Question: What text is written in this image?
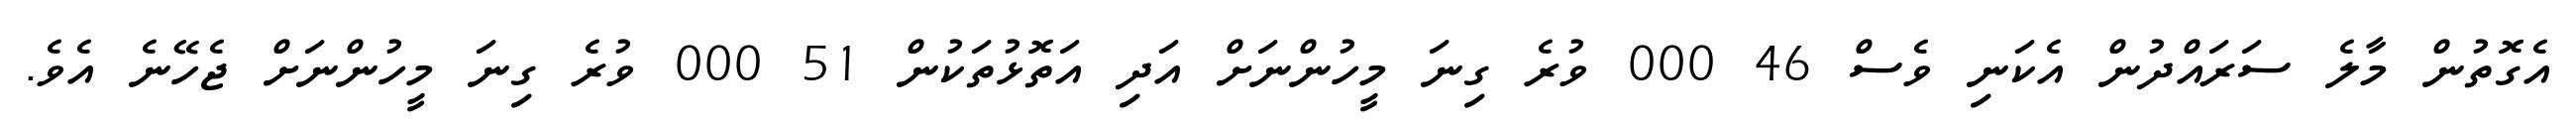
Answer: އެގޮތުން މާލެ ސަރައްދުން އެކަނި ވެސް 46 000 ވުރެ ގިނަ މީހުންނަށް އަދި އަތޮޅުތަކުން 51 000 ވުރެ ގިނަ މީހުންނަށް ޖެހޭނެ އެވެ.